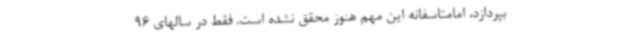
بپردازد، امامتاسفانه این مهم هنوز محقق نشده است. فقط در سالهای 96